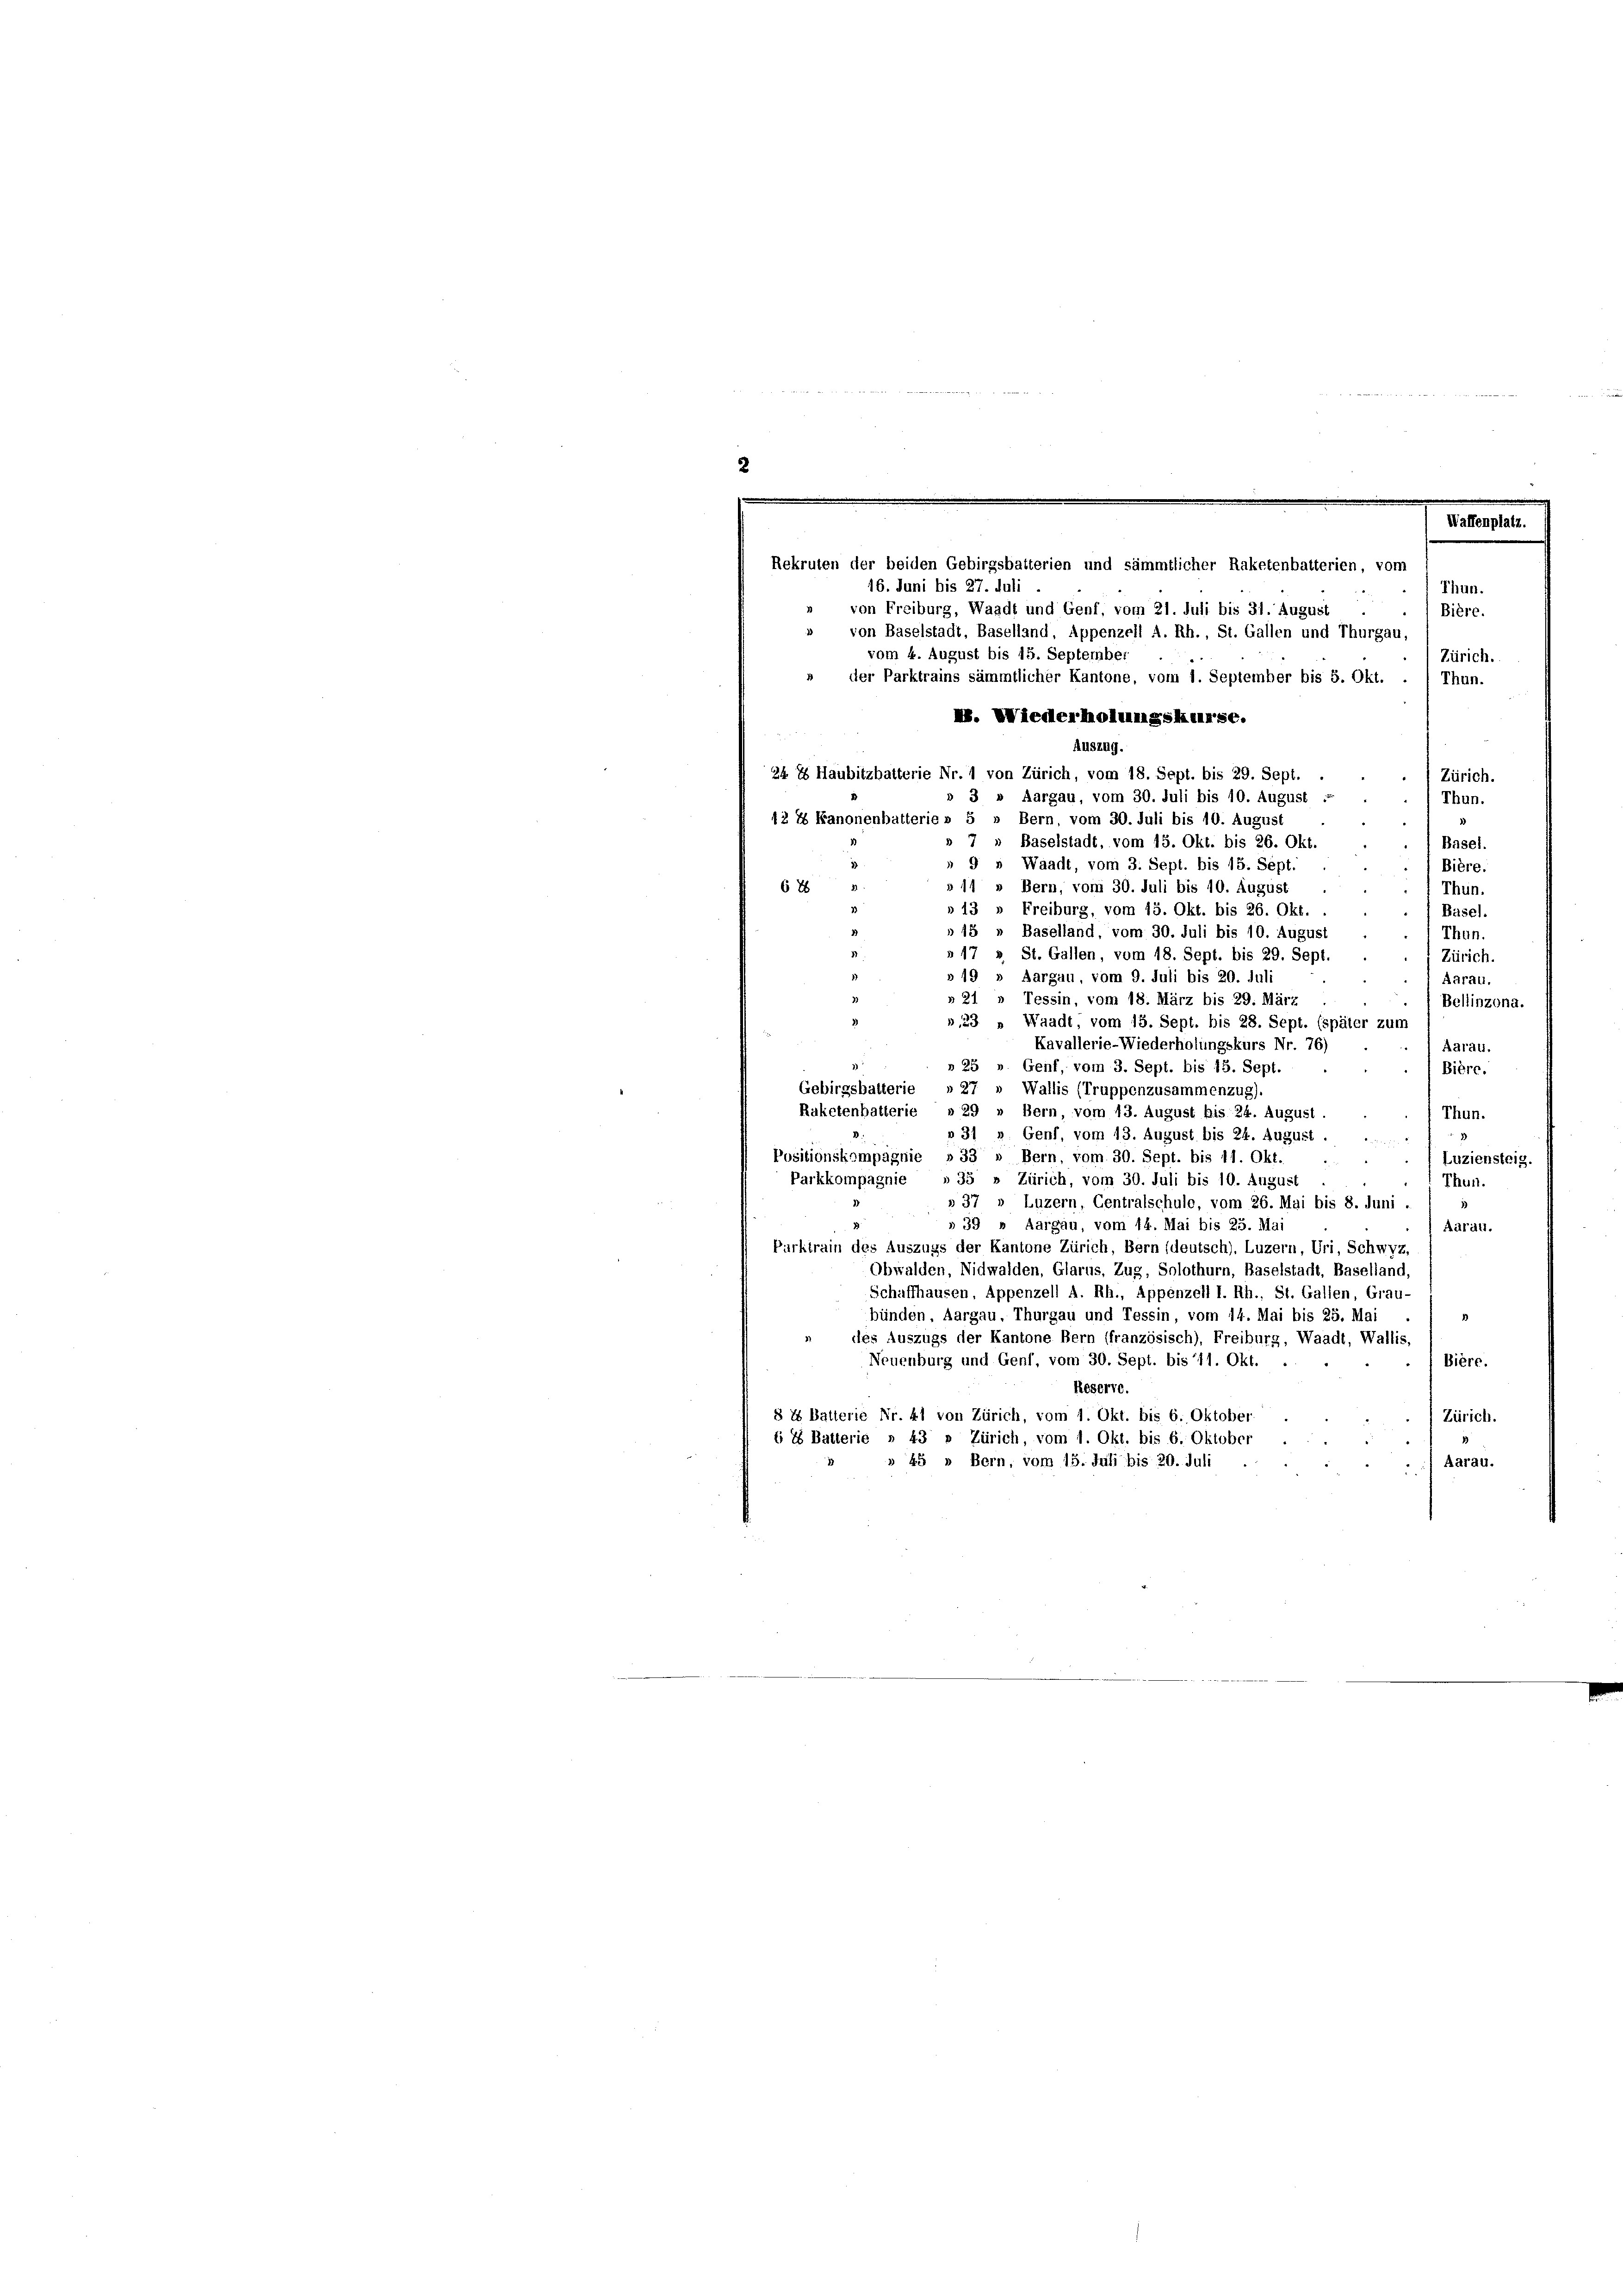
Waffenplatz.
Rekruten der beiden Gebirgsbatterien und sämmtlicher Raketenbalterien, vom
16. Juni bis 27. Juli
Thun.
» von Freiburg, Waadt und Genf, vom 21. Juli bis 31. August
Bière.

» von Baselstadt, Baselland, Appenzell A. Rh., St. Gallen und Thurgau,
vom 4. August bis 15. September
Zürich.
» der Parktrains sämmtlicher Kantone, vom 1. September bis 5. Okt. . / Thun.
M. Wiederholungskurse.
Auszug.
24 2 Haubitzbatterie Nr. 1 von Zürich, vom 18. Sept. bis 29. Sept.
Zürich.
» 3 » Aargau, vom 30. Juli bis 10. August
Thun.
42 I Kanonenbatterie » 5 » Bern, vom 30. Juli bis 10. August
1
» 7 » Baselstadt, vom 15. Okt. bis 26. Okt.
Basel.
» 9 » Waadt, vom 3. Sept. bis 15. Sept.
Bière.
» 11 » Bern, vom 30. Juli bis 10. August
628
Thun.
 13 " Freiburg, vom 13. Okt. bis 26. Okt.
Basel.
»15 » Baselland, vom 30. Juli bis 10. August
Thun.
»17 » St. Gallen, vom 18. Sept. bis 29. Sept.
Zürich.
» 19 » Aargau, vom 9. Juli bis 20. Juli
Aarau.
» 21 » Tessin, vom 18. März bis 29. März
Bellinzona.
»23 „ Waadt, vom 15. Sept. bis 28. Sept. (später zum
Kavallerie-Wiederholungskurs Nr. 76)
Aaraus.
n 25 " Genf, vom 3. Sept. bis 15. Sept.
Bière.
Gebirgsbalterie » 27 » Wallis (Truppenzusammenzug).
Ruhetenhatterie » 29 » Bern, vom 13. August bis 24. August.
Thun.
»31 » Genf, vom 13. August bis 24. August.
Positionskompagnie »33 » Bern, vom 30. Sept. bis 11. Okt.
. Luziensteig.
Parkkompagnie » 35 » Zürich, vom 30. Juli bis 10. August
Thun.
» 37 » Luzern, Centralschule, vom 26. Mai bis 8. Juni
13
» 39 » Aargau, vom 14. Mai bis 25. Mai
Adrält.
Purktrain des Auszugs der Kantone Zürich, Bern (deutsch), Luzern, Uri, Schwyz,
Obwalden, Nidwalden, Glarus, Zug, Solothurn, Baselstadt, Baselland,
Schaffhausen, Appenzell A. Rh., Appenzell I. Rh., St. Gallen, Grau-
bünden, Aargau, Thurgau und Tessin, vom 14. Mai bis 25. Mai
des Auszugs der Kantone Bern (französisch), Freiburg, Waadt, Wallis,
Neuenburg und Genf, vom 30. Sept. bis 11. Okt.
Biere.
Reserte.
§ 26 Batterie Nr. 41 von Zürich, vom 1. Okt. bis 6. Oktober
Zürich.
li 2 Batterie n 43 » Zürich, vom 1. Okt. bis 6. Oktober
» 45 » Bern, vom 15. Juli bis 20. Juli
Aarau.